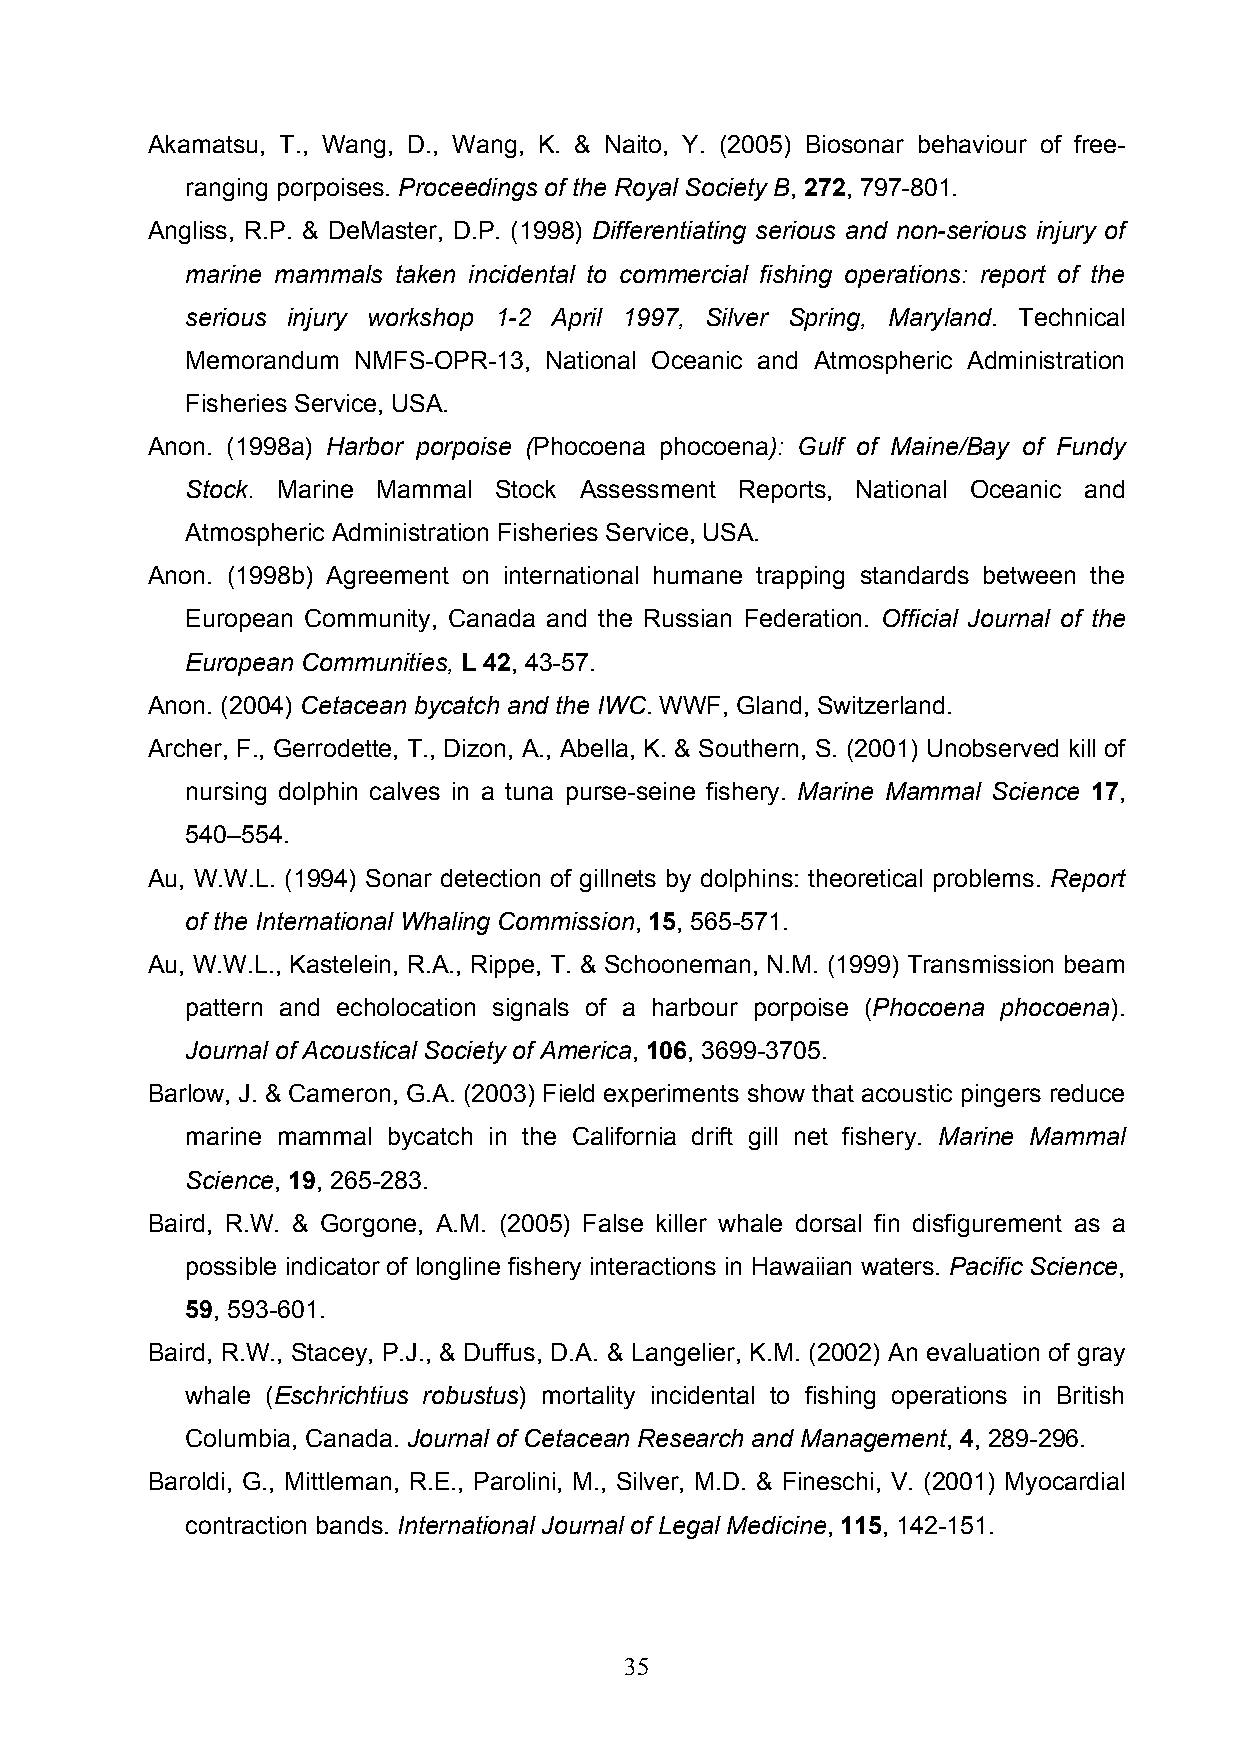
Akamatsu, T., Wang, D., Wang, K. & Naito, Y. (2005) Biosonar behaviour of free-
 ranging porpoises. Proceedings of the Royal Society B, 272, 797-801.
 Angliss, R.P. & DeMaster, D.P. (1998) Differentiating serious and non-serious injury of
 marine mammals taken incidental to commercial fishing operations: report of the
 serious injury workshop 1-2 April 1997, Silver Spring, Maryland. Technical
 Memorandum NMFS-OPR-13, National Oceanic and Atmospheric Administration
 Fisheries Service, USA.
 Anon. (1998a) Harbor porpoise (Phocoena phocoena): Gulf of Maine/Bay of Fundy
 Stock. Marine Mammal Stock Assessment Reports, National Oceanic and
 Atmospheric Administration Fisheries Service, USA.
 Anon. (1998b) Agreement on international humane trapping standards between the
 European Community, Canada and the Russian Federation. Official Journal of the
 European Communities, L 42, 43-57.
 Anon. (2004) Cetacean bycatch and the IWC. WWF, Gland, Switzerland.
 Archer, F., Gerrodette, T., Dizon, A., Abella, K. & Southern, S. (2001) Unobserved kill of
 nursing dolphin calves in a tuna purse-seine fishery. Marine Mammal Science 17,
 540–554.
 Au, W.W.L. (1994) Sonar detection of gillnets by dolphins: theoretical problems. Report
 of the International Whaling Commission, 15, 565-571.
 Au, W.W.L., Kastelein, R.A., Rippe, T. & Schooneman, N.M. (1999) Transmission beam
 pattern and echolocation signals of a harbour porpoise (Phocoena phocoena).
 Journal of Acoustical Society of America, 106, 3699-3705.
 Barlow, J. & Cameron, G.A. (2003) Field experiments show that acoustic pingers reduce
 marine mammal bycatch in the California drift gill net fishery. Marine Mammal
 Science, 19, 265-283.
 Baird, R.W. & Gorgone, A.M. (2005) False killer whale dorsal fin disfigurement as a
 possible indicator of longline fishery interactions in Hawaiian waters. Pacific Science,
 59, 593-601.
 Baird, R.W., Stacey, P.J., & Duffus, D.A. & Langelier, K.M. (2002) An evaluation of gray
 whale (Eschrichtius robustus) mortality incidental to fishing operations in British
 Columbia, Canada. Journal of Cetacean Research and Management, 4, 289-296.
 Baroldi, G., Mittleman, R.E., Parolini, M., Silver, M.D. & Fineschi, V. (2001) Myocardial
 contraction bands. International Journal of Legal Medicine, 115, 142-151.
 35